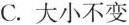
C.大小不变